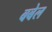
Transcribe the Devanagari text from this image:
बबेल